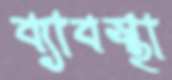
ব্যাবস্থা